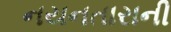
નયનતારાની